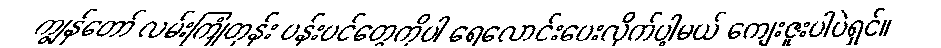
ကျွန်တော် လမ်းကြုံတုန်း ပန်းပင်တွေကိုပါ ရေလောင်းပေးလိုက်ပါ့မယ် ကျေးဇူးပါပဲရှင်။